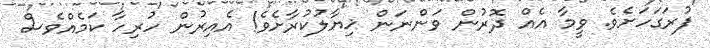
ފުރަގަހަށެވެ. ވީމާ އެއް ދޮރުން ވަންނަން ޚިޔާލުކުރާށެވެ! އެއިރުން ހުރިހާ ކަމެއްވެސް